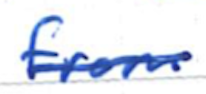
Text: from
Cross-out: single-line
Writing tool: ballpoint